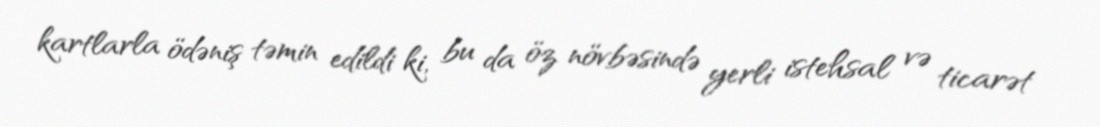
kartlarla ödəniş təmin edildi ki, bu da öz növbəsində yerli istehsal və ticarət